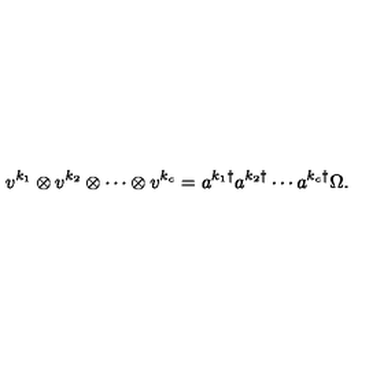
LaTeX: v ^ { k _ { 1 } } \otimes v ^ { k _ { 2 } } \otimes \cdots \otimes v ^ { k _ { c } } = a ^ { k _ { 1 } \dagger } a ^ { k _ { 2 } \dagger } \cdots a ^ { k _ { c } \dagger } \Omega .